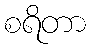
စရိတာ